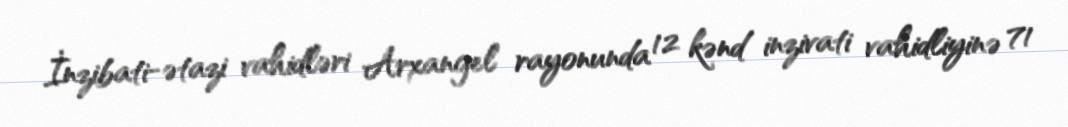
İnzibati-ətazi vahidləri Arxangel rayonunda 12 kənd inzivati vahidliyinə 71